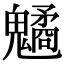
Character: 䰬